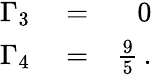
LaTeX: \begin{array}{rlr}{\Gamma_{3}}&{{}=}&{0}\\ {\Gamma_{4}}&{{}=}&{\frac{9}{5}\, .}\end{array}